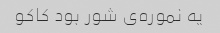
یه نموره‌ی شور بود کاکو